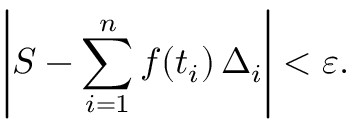
\left| S - \sum _ { i = 1 } ^ { n } f ( t _ { i } ) \, \Delta _ { i } \right| < \varepsilon .